Annual statistical returns and brief notes on vaccination in Bengal - 1887-1898
Year: 1887
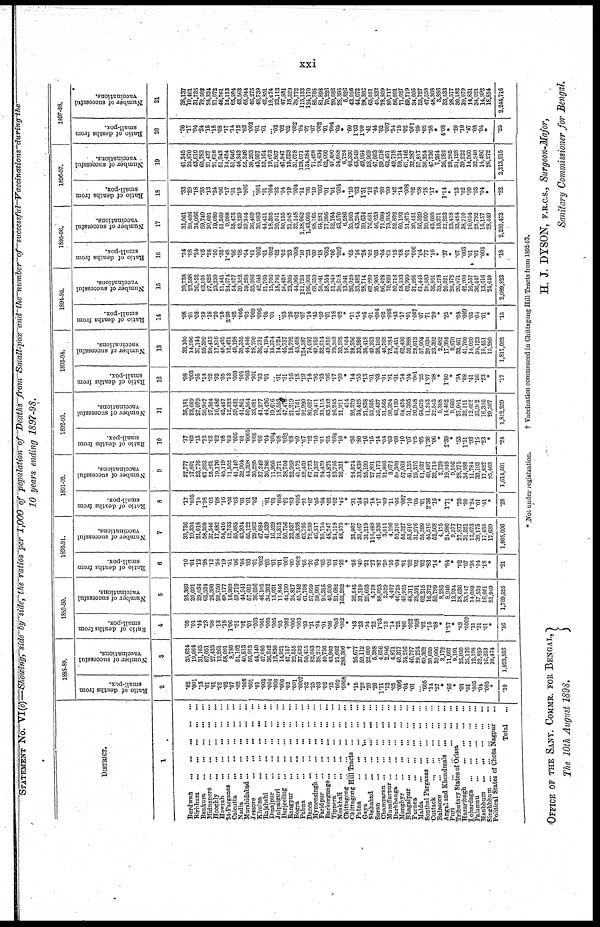
xxi
STATEMENT No. VI(c)—Showing, side by side, the ratios per 1,000 of population of Deaths from Small-pox and the number of successful Vaccinations during the
10 years ending 1897-98.
DISTRICT.
1
Burdwan...
...
...
...
...
Birbhum...
...
...
...
...
Bankura...
...
...
...
...
Midnapore...
...
...
...
...
Hooghly...
...
...
...
...
Howrah...
...
...
...
...
24-Parganas...
...
...
...
...
Calcutta...
...
...
...
...
Nadia...
...
...
...
...
Murshidabad...
...
...
...
...
Jessore...
...
...
...
...
Khulna...
...
...
...
...
Rajshahi...
...
...
...
...
Dinajpur...
...
...
...
...
Jalpaiguri...
...
...
...
...
Darjeeling...
...
...
...
...
Rangpur...
...
...
...
...
Bogra...
...
...
...
...
Pabna...
...
...
...
...
Dacca... ... ... ... ...
Mymensingh...
...
...
...
...
Faridpur...
...
...
...
...
Backergunge...
...
...
...
...
Tipppra...
...
...
...
...
Noakhali...
...
...
...
...
Chittagong...
...
...
...
...
Chittagong Hill Tracts... ... ... ... ...
Pat na. . .
. . .
. . .
. . .
. . .
Gaya...
...
...
...
...
Shahabad...
...
...
...
...
Saran...
...
...
...
...
Champaran...
...
...
...
...
Muzaffarpur...
...
...
...
...
Darbhanga...
...
...
...
...
Monghyr...
...
...
...
...
Bhagalpur...
...
...
...
...
Purnea...
...
...
...
...
Malda...
...
...
...
...
Sonthal Parganas... ... ... ... ...
Cuttack...
...
...
...
...
Balasore... ... ... ...
Angul and Khondmals... ... ... ...
Puri...
...
...
...
Tributary States of Orissa... ...
Hazaribagh...
...
...
...
Lohardaga...
...
...
...
Palamau...
...
...
...
...
Manbhum...
...
...
...
...
Singhbhum... ... ... ...
...
Political States of Chota Nagpur
...
Total...
1888-89.
Ratio of deaths from
small-pox.
2
.02
.001
.15
.01
.01
.02
.02
.07
.02
.008
.001
.01
.003
.004
.006
.006
.02
.001
.0007
.02
.25
.03
.02
.12
.002
.0008
*
.15
.20
.20
.26
1.11
.12
.05
.006
.04
.01
...
.005
.14
.27
*
.56
*
.03
.01
.005
.04
.005
*
.10
Number of successful
vaccinations.
3
35,624
19,664
31,165
67,051
27,433
19,261
58,001
8,780
51,102
40,513
59,913
44,140
47,080
36,242
13,830
14,921
47,157
22,555
37,632
50,415
82,043
38,213
49,756
43,905
21,602
288,306
†
26,677
59,112
22,090
5,388
4,056
2,946
4,871
40,377
34,216
46,727
29,224
60,362
30,050
39,006
3,172
11,007
9,191
25,050
35,176
12,198
32,829
16,253
18,474
1,823,856
1889-90.
Ratio of deaths from
small-pox.
4
.05
.01
.44
.23
.08
.13
.18
1.06
.01
.01
.01
.003
.001
.005
.005
.03
.002
.006
.003
.03
.21
.04
.01
.06
.003
.002
*
.43
.23
.34
.22
1.03
.13
.14
.22
.06
.002
.008
.02
.15
.08
*
1.27
*
.03
.0009
.11
.31
.01
*
.16
Number of successful
vaccinations.
5
28,389
20,091
29,034
63,534
26,390
20,750
60,177
16,969
59,719
44,941
57,061
36,056
46,105
34,202
15,031
11,846
44,199
24,817
45,742
61,708
57,959
38,991
24,315
43,500
21,682
152,282
†
32,545
31,719
29,663
4,778
88,023
2,529
4,467
46,725
49,925
48,311
28,591
62,215
16,372
50,799
8,285
8,940
13,934
28,636
33,147
14,089
37,532
16,861
25,949
1,769,525
1890-91.
Ratio of deaths from
Small-pox.
6
.10
.01
.12
.98
.12
.54
.19
.51
.06
.04
.03
.01
.002
.03
.01
.01
.001
.09
.002
.05
.20
.04
.03
.02
.01
.32
*
.55
.40
.21
.27
.87
.20
.10
.04
.01
.02
.02
.02
.83
.14
*
.84
*
.02
.07
.38
.24
.18
*
.21
Number of successful
vaccinations.
7
33,736
19,334
21,018
58,300
27,545
17,882
54,410
12,733
55,085
43,934
55,122
29,562
47,084
41,539
16,529
16,813
50,756
23,037
58,338
63,795
72,230
46,317
25,714
48,747
24,118
48,575
†
31,907
31,467
31,219
116,489
41,336
3,011
4,196
53,370
55,327
53,610
31,976
55,399
45,516
52,568
4,175
24,980
9,577
27,877
31,521
13,073
39,175
17,435
17,639
1,805,096
1891-92.
Ratio of deaths from
small-pox.
8
.17
.005
.10
1.98
.03
.08
.16
.02
.03
.01
.01
.02
...
.01 .01
.008
.01
.03
.005
.21
.07
.05
.04
.02
.02
.46
*
.31
.54
.25
.14
.17
.09
.11
.06
.007
.10
.05
.01
2.36
.15
*
1.71
*
.20
.90
1.24
.01
.41
*
.28
Number of successful
vaccinations.
9
37,777
17,801
23,776
67,992
25,261
19,176
45,119
11,552
41,140
32,994
44,398
30,280
37,249
36,786
11,905
17,771
38,704
22,959
41,172
52,469
67,773
31,357
24,429
44,875
23,795
32,321
†
24,574
33,838
25,199
27,891
31,173
91,806
3,672
50,366
57,063
41,136
25,376
51,037
49,497
32,710
2,720
19,949
9,106
28,275
34,080
11,784
39,193
17,822
25,403
1,614,501
1892-93.
Ratio of deaths from
small-pox.
10
.17
.02
.15
.72
.02
.02
.08
.03
.006
.01
.0005
.005
.06
.04
.004
.08
.003
.08
.09
.67
.12
.10
.01
.05
.008
.10
*
.36
.80
.16
.15
.14
.04
.03
.08
.10
.07
.05
.05
1.30
.06
*
2.39
*
.53
1.51
.93
.15
.23
*
.24
Number of successful
vaccinations.
11
35,181
23,609
27,079
56,907
27,364
16,486
42,457
12,322
59,431
41,861
50,564
33,081
41,277
44,496
19,616
18,553
47,470
21,219
41,761
92,990
80,627
70,411
35,115
63,232
26,245
21,911
414
26,379
34,425
21,838
52,505
25,437
51,565
90,394
43,139
64,424
51,305
26,918
64,635
11,243
22,543
5,308
14,462
9,666
27,041
32,111
12,602
35,902
16,336
20,307
1,812,259
1893-94.
Ratio of deaths from
small-pox.
12
.08
.003
.05
.14
.02
.02
.05
.13
.009
.001
.003
.001
.03
.01
...
.01
.01
.16
.18
.19
.14
.06
.03
.06
.17
.09
*
.14
.55
.13
.01
.03
.01
.01
.31
.54
.04
.001
.25
1.07
.08
*
1.80
*
.34
.08
.41
.56
.23
*
.17
Number of successful
vaccinations.
13
32,100
14,996
31,144
59,399
20,413
17,816
48,485
12,421
40,198
38,355
44,846
28,790
36,731
41,194
15,374
14,924
45,757
18,792
43,408
124,387
74,097
49,958
32,014
49,810
29,303
33,592
16,564
28,356
33,986
36,418
49,263
38,180
48,768
78,384
54,451
62,400
59,888
28,013
57,004
20,030
23,392
2,482
17,394
9,670
33,461
41,760
14,020
34,123
15,431
15,280
1,817,022
1894-95.
Ratio of deaths from
small-pox.
14
.08
.01
.08
.19
.18
.20
.10
2.30
.02
.005
.02
.009
.006
.05
.01
... .03
.26
.02
.07
.14
.45
.09
.01
.18
.02
*
.11
.14
.05
.01
.004
.02
.008
.43
.17
.01
.007
.07
.71
.20
*
.25
*
.08
.009
.05
.04
.01
*
.13
Number of successful
vaccinations.
15
39,738
22,598
26,852
63,105
27,826
23,239
51,445
24,674
54,677
39,322
59,208
33,086
42,648
51,760
15,706
18,796
56,420
23,205
44,966
121,723
106,006
68,659
50,041
58,554
51,940
30,618
13,941
26,020
33,482
28,714
62,220
35,906
56,428
70,820
50,716
58,533
62,999
31,295
61,445
20,089
36,801
33,278
20,521
20,372
26,071
42,200
16,557
36,447
13,616
24,640
2,089,823
1895-96.
Ratio of deaths from
small-pox.
16
.34
.08
.24
.65
.28
.50
.32
1.48
.06
.08
.04
.01
.002
.01
.002
.02
.02
.23
.008
.10
.23
.60
.18
.005
.06
.009
*
.65
.16
.24
.02
.03
.04
.01
.15
.08
.01
.006
.04
.77
.16
*
.27
*
.07
.003
.01
.01
.003
*
.18
Number of successful
vaccinations.
17
31,061
20,406
34,066
59,749
20,601
19,080
51,569
9,988
55,475
42,239
59,344
36,459
36,983
44,451
18,395
20,041
50,155
21,048
32,148
1,38,062
1,43,005
88,165
64,281
77,906
52,764
43,570
6,586
35,565
43,204
39,634
76,681
46,233
71,609
73,955
52,892
60,192
51,875
30,451
56,529
20,099
43,688
13,271
22,933
23,418
33,484
38,710
16,054
28,792
15,157
28,449
2,200,472
1896-97.
Ratio of deaths from
small-pox.
18
.33
.29
.18
.35
.13
.24
.06
.17
.01
.19
.006
...
.001
.01
.004
.03
.04
.19
.004
.11
.06
.10
.007
.01
.01
.004
*
1.10
.63
1.51
.12
.24
.20
.09
.42
.14
.008
.02
.08
.78
.17
*
1.14
*
.13
.02
.09
.03
.04
*
.22
Number of successful
vaccinations.
19
41,345
25,870
43,610
65,783
21,437
21,616
51,943
14,424
51,046
46,343
55,346
30,293
43,957
52,164
19,073
21,867
47,847
19,523
31,078
128,071
131,584
71,428
78,434
62,660
47,490
54,668
6,724
46,336
43,549
49,964
58,969
47,063
59,018
63,451
49,718
59,124
61,146
32,387
57,817
36,354
47,736
7,264
26,982
20,205
31,128
39,222
14,560
32,540
14,486
26,272
2,213,915
1897-98.
Ratio of deaths from
small-pox.
20
.30
.17
.04
.24
.15
.18
.08
.17
.14
.12
.03
.002
.01
.01
... .02
.02
.02
.002
.04
.07
.07
.002
.01
.004
.05
*
.60
1.03
1.00
.41
.44
.02
.007
.54
.15
.02
.001
.09
.62
.38
*
4.08
*
.20
.10
.47
.08
.04
*
.25
Number of successful
vaccinations.
21
38,137
19,461
31,735
72,503
24,334
21,072
48,761
14,113
65,204
43,563
65,944
46,275
48,739
42,851
18,474
22,112
47,581
18,529
38,772
115,133
124,170
85,705
81,898
70,226
29,682
28,395
5,826
43,056
44,672
28,302
65,051
45,332
78,809
80,717
56,091
71,627
59,719
34,605
53,727
47,550
48,308
3,886
33,533
28,577
30,182
39,079
14,831
34,021
14,992
18,854
2,244,716
* Not under registration.
† Vaccination commenced in Chittagong Hill Tracts from 1892-93.
OFFICE OF THE SANY. COMMR. FOR BENGAL,
The 10th August 1898.
H. J. DYSON, F.R.C.S., Surgeon-Major,
Sanitary Commissioner for Bengal.